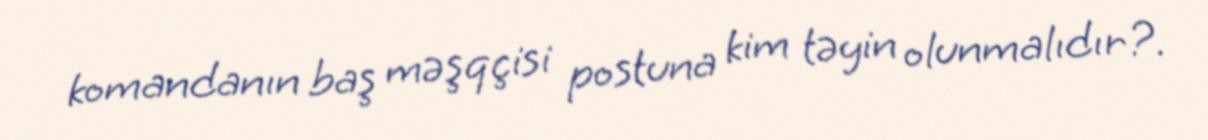
komandanın baş məşqçisi postuna kim təyin olunmalıdır?.